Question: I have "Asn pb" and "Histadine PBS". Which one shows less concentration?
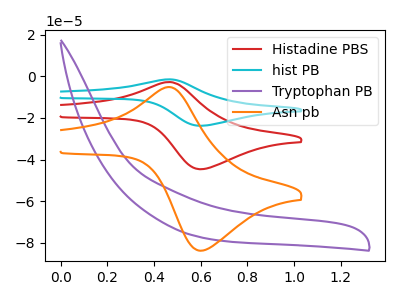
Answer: <think>The red curve "Histadine PBS" has an anodic peak at (0.45V, -2.75uA) and a cathodic peak at (0.60V, -44.65uA). The cyan curve "hist PB" has an anodic peak at (0.45V, -5.55uA) and a cathodic peak at (0.60V, -89.30uA). The purple curve "Tryptophan PB" has no peaks. The orange curve "Asn pb" has an anodic peak at (0.45V, -5.20uA) and a cathodic peak at (0.60V, -83.80uA).
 All the peaks in "Asn pb" have a peak in "Histadine PBS" at the same potential.</think>
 <answer>I cant tell if "Asn pb" or "Histadine PBS" has higher concentration.</answer>
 <eval>mixed_concentration</eval>